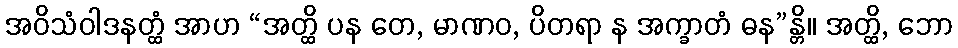
အဝိသံဝါဒနတ္ထံ အာဟ “အတ္ထိ ပန တေ, မာဏဝ, ပိတရာ န အက္ခာတံ ဓန”န္တိ။ အတ္ထိ, ဘော